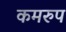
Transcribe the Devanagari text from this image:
कमरुप